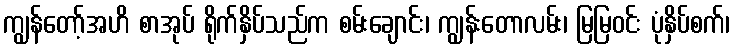
ကျွန်တော့်အဟိ စာအုပ် ရိုက်နှိပ်သည်က စမ်းချောင်း၊ ကျွန်းတောလမ်း၊ မြမြဝင်း ပုံနှိပ်စက်၊